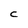
Character: C